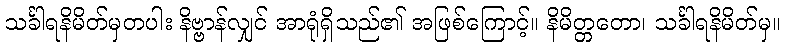
သင်္ခါရနိမိတ်မှတပါး နိဗ္ဗာန်လျှင် အာရုံရှိသည်၏ အဖြစ်ကြောင့်။ နိမိတ္တတော၊ သင်္ခါရနိမိတ်မှ။